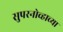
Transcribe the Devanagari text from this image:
सुपरनोव्हाच्या